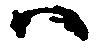
ハ